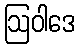
ဩဝါဒေ